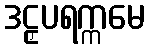
ဒဠှပရက္ကမေ